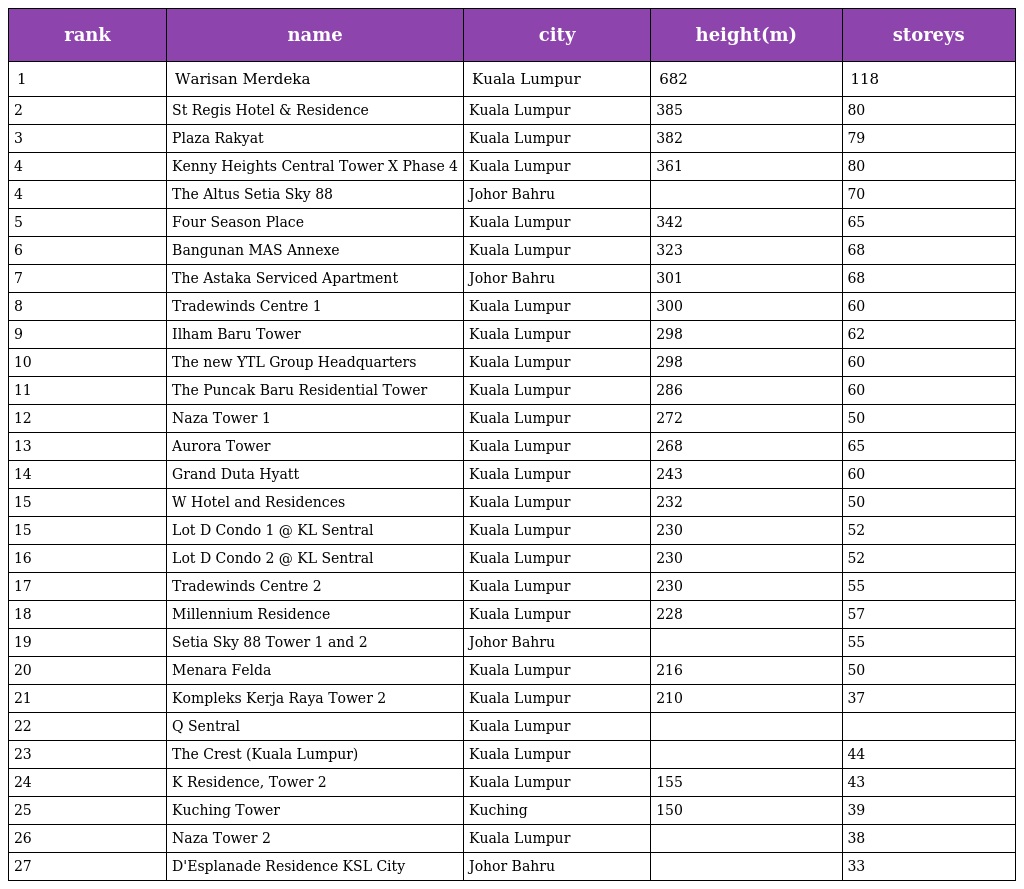
| rank | name | city | height(m) | storeys |
 | --- | --- | --- | --- | --- |
 | 1 | Warisan Merdeka | Kuala Lumpur | 682 | 118 |
 | 2 | St Regis Hotel & Residence | Kuala Lumpur | 385 | 80 |
 | 3 | Plaza Rakyat | Kuala Lumpur | 382 | 79 |
 | 4 | Kenny Heights Central Tower X Phase 4 | Kuala Lumpur | 361 | 80 |
 | 4 | The Altus Setia Sky 88 | Johor Bahru |  | 70 |
 | 5 | Four Season Place | Kuala Lumpur | 342 | 65 |
 | 6 | Bangunan MAS Annexe | Kuala Lumpur | 323 | 68 |
 | 7 | The Astaka Serviced Apartment | Johor Bahru | 301 | 68 |
 | 8 | Tradewinds Centre 1 | Kuala Lumpur | 300 | 60 |
 | 9 | Ilham Baru Tower | Kuala Lumpur | 298 | 62 |
 | 10 | The new YTL Group Headquarters | Kuala Lumpur | 298 | 60 |
 | 11 | The Puncak Baru Residential Tower | Kuala Lumpur | 286 | 60 |
 | 12 | Naza Tower 1 | Kuala Lumpur | 272 | 50 |
 | 13 | Aurora Tower | Kuala Lumpur | 268 | 65 |
 | 14 | Grand Duta Hyatt | Kuala Lumpur | 243 | 60 |
 | 15 | W Hotel and Residences | Kuala Lumpur | 232 | 50 |
 | 15 | Lot D Condo 1 @ KL Sentral | Kuala Lumpur | 230 | 52 |
 | 16 | Lot D Condo 2 @ KL Sentral | Kuala Lumpur | 230 | 52 |
 | 17 | Tradewinds Centre 2 | Kuala Lumpur | 230 | 55 |
 | 18 | Millennium Residence | Kuala Lumpur | 228 | 57 |
 | 19 | Setia Sky 88 Tower 1 and 2 | Johor Bahru |  | 55 |
 | 20 | Menara Felda | Kuala Lumpur | 216 | 50 |
 | 21 | Kompleks Kerja Raya Tower 2 | Kuala Lumpur | 210 | 37 |
 | 22 | Q Sentral | Kuala Lumpur |  |  |
 | 23 | The Crest (Kuala Lumpur) | Kuala Lumpur |  | 44 |
 | 24 | K Residence, Tower 2 | Kuala Lumpur | 155 | 43 |
 | 25 | Kuching Tower | Kuching | 150 | 39 |
 | 26 | Naza Tower 2 | Kuala Lumpur |  | 38 |
 | 27 | D'Esplanade Residence KSL City | Johor Bahru |  | 33 |